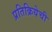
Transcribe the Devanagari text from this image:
प्रतिक्रियेची